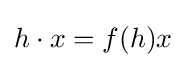
h\cdot x=f(h)x